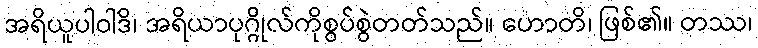
အရိယူပါဝါဒိ၊ အရိယာပုဂ္ဂိုလ်ကိုစွပ်စွဲတတ်သည်။ ဟောတိ၊ ဖြစ်၏။ တဿ၊